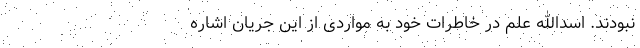
نبودند. اسدالله عَلَم در خاطرات خود به مواردی از این جریان اشاره